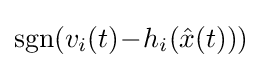
\operatorname {sgn}(v_{i}(t)\!-\!h_{i}({\hat {x}}(t)))